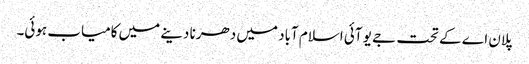
پلان اے کے تحت جے یو آئی اسلام آباد میں دھرنا دینے میں کامیاب ہوئی۔